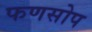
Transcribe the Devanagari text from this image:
फणसोप